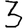
Digit: 3